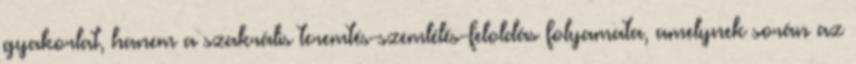
gyakorlat, hanem a szakrális teremtés-szemlélés-feloldás folyamata, amelynek során az